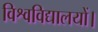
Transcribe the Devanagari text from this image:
विश्वविद्यालयों।